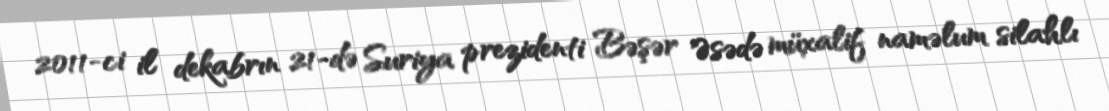
2011-ci il dekabrın 21-də Suriya prezidenti Bəşər Əsədə müxalif naməlum silahlı